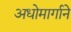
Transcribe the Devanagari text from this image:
अधोमार्गाने